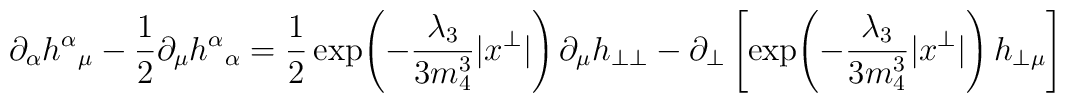
\partial_\alpha h^\alpha{}_\mu-\frac{1}{2}\partial_\mu h^\alpha{}_\alpha=\frac{1}{2}\exp\!\left(-\frac{\lambda_3}{3m_4^3}|x^\perp|\right)\partial_\mu h_{\perp\perp}-\partial_\perp\left[\exp\!\left(-\frac{\lambda_3}{3m_4^3}|x^\perp|\right) h_{\perp\mu}\right]